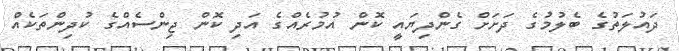
ދައުލަތުގެ ބެލުމުގެ ދަށަށް ގެންދިޔައީ ކޮން އުމުރެއްގެ އަދި ކޮން ޖިންސެއްގެ ކުދިންތަކެއް